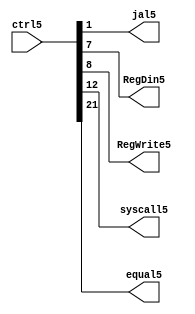
module ctrl5(
	jal5,RegDin5,RegWrite5,
	syscall5,equal5,
	ctrl5
    );
	input [21:0]ctrl5;
	output jal5,RegDin5,RegWrite5,syscall5,equal5;
	assign jal5 = ctrl5[1];
	assign RegDin5 = ctrl5[7];
	assign RegWrite5 = ctrl5[8];
	assign syscall5 = ctrl5[12];
	assign equal5 = ctrl5[21];
endmodule